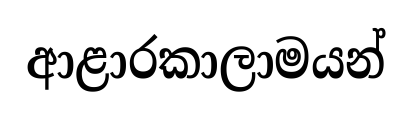
ආළාරකාලාමයන්